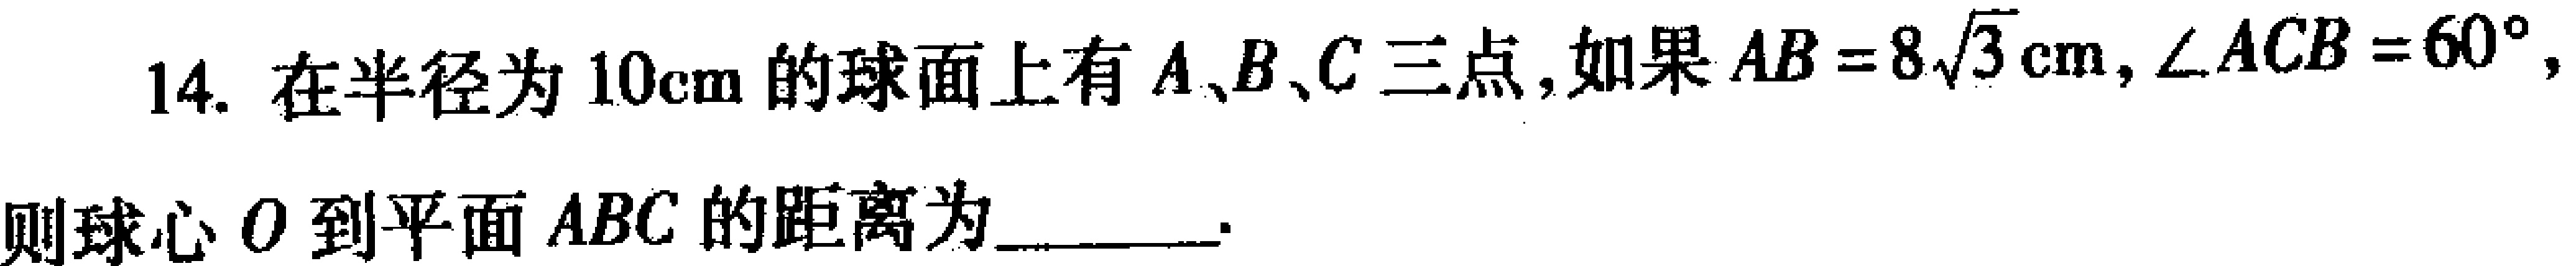
14. 在半径为\(10\mathrm{cm}\)的球面上有\(A、B、C\)三点，如果\(AB = 8\sqrt{3}\mathrm{cm}，\angle ACB = 60^{\circ}\)，
则球心\(O\)到平面\(ABC\)的距离为  。